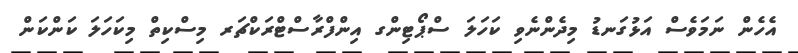
އެހެން ނަމަވެސް އަޅުގަނޑު މިދެންނެވި ކަހަލަ ސްޕޯޓިންގ އިންފްރާސްޓްރަކްޗަރ މިސްކިތް މިކަހަލަ ކަންކަން